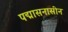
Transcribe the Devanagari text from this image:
पद्मासनासीन